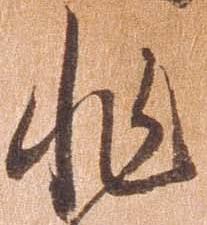
非